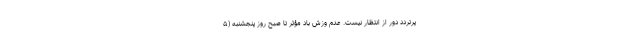
پرتردد دور از انتظار نیست. عدم وزش باد مؤثر تا صبح روز پنجشنبه (۵